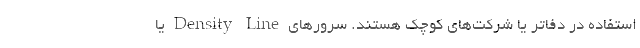
استفاده در دفاتر یا شرکت‌های کوچک هستند. سرورهای Density Line یا